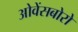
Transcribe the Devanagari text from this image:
ओवेंसबोरो